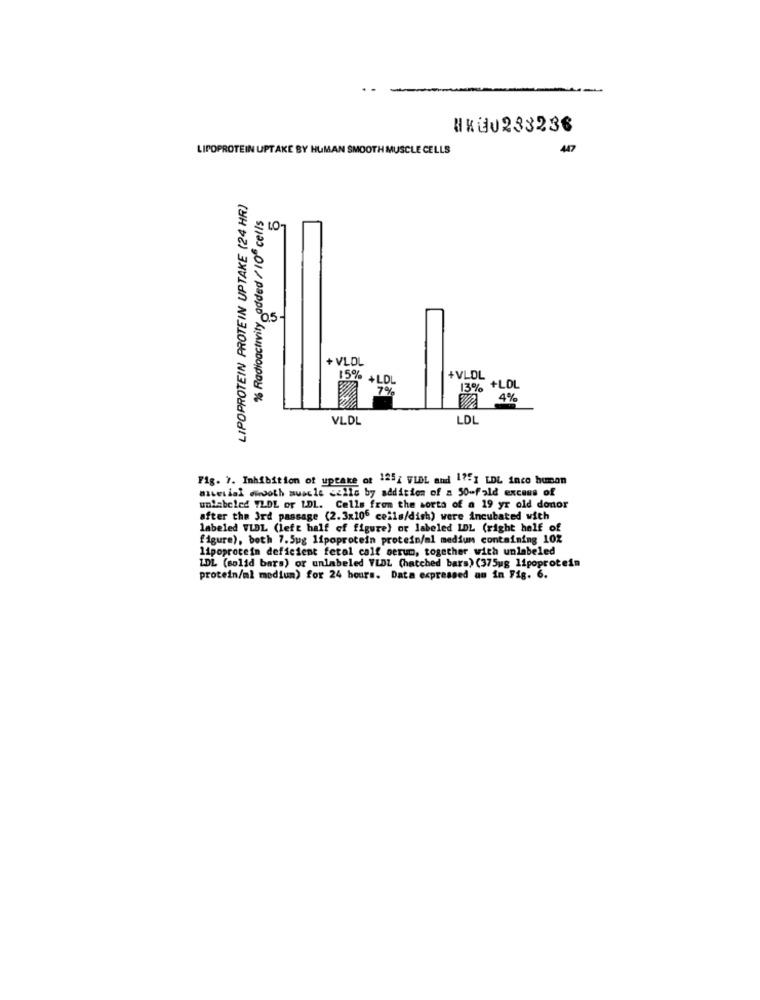
HKEU233236
LIPOPROTEIN UPTAKE BY HUMAN SMOOTH MUSCLE CELLS
447
LIPOPROTEIN PROTEIN UPTAKE (24 HR)
% Radioactivity added / 106 cells
+ VLDL
15% +LDL
+VLDL
7%
13% +LOL
V4%
VLDL
LDL
Fig. 7. Inhibition of uptake of 125; VLDL and 1751 LDL inco human
Bisesial cwdoth muscle cells by addition of a 50-fald excess of
unlabeled VLDL or LDL. Cells from the sorta of a 19 yr old donor
after the Ird passage (2.3x106 cells/dish) were incubated with
labeled VLDL (left half of figure) or labeled LDL (right half of
figure), both 7.5ug lipoprotein protein/al medium containing 10%
lipoprotein deficient fetal calf serum, together with unlabeled
LDL (solid bars) or unlabeled VLDL (hatched bars) (375ug lipoprotein
protein/ml medium) for 24 hours. Data expressed an in Fig. 6.